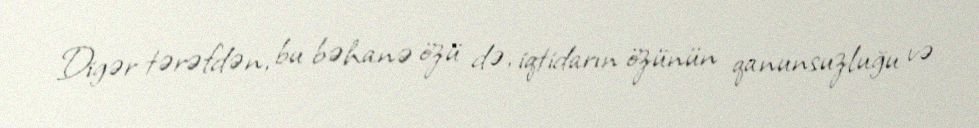
Digər tərəfdən, bu bəhanə özü də, iqtidarın özünün qanunsuzluğu və